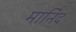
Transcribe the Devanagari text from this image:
मार्निद